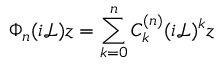
\Phi _ { n } ( i \mathcal { L } ) z = \sum _ { k = 0 } ^ { n } C _ { k } ^ { ( n ) } ( i \mathcal { L } ) ^ { k } z